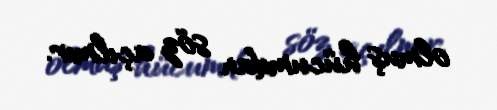
olmuş hücumdan söz açılmır.